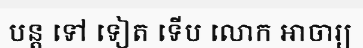
បន្ត ទៅ ទៀត ទើប លោក អាចារ្យ